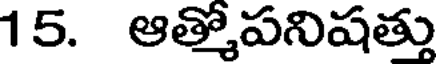
15. ఆత్కోపనిషత్తు